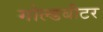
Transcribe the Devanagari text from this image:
गोल्डबीटर